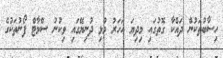
ހިސާބުތަކުން ދައްކާ ގޮތުގައި މިދިޔަ އަހަރު މުޅި ދުނިޔޭގައި ވިކުނު ސްމާޓް ފޯނުތަކުގެ